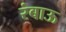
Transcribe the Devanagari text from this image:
रंबाऊ